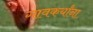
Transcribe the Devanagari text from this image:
गावकर्यांना